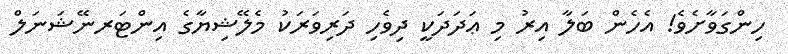
ހިންގަވާށެވެ! އެހެން ބަލާ އިރު މި ޢަދަދަކީ ދިވެހި ދަރިވަރަކު މެލޭޝިޔާގެ އިންޓަރނޭޝަނަލް